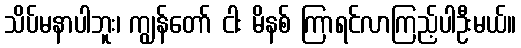
သိပ်မနာပါဘူး၊ ကျွန်တော် ငါး မိနစ် ကြာရင်လာကြည့်ပါဦးမယ်။